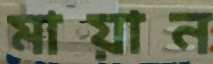
মায়ান